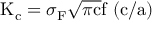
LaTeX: \mathrm { K _ { c } } = \sigma _ { \mathrm { F } } { \sqrt { \pi \mathrm { c } } } \mathrm { f \ ( c / a ) }